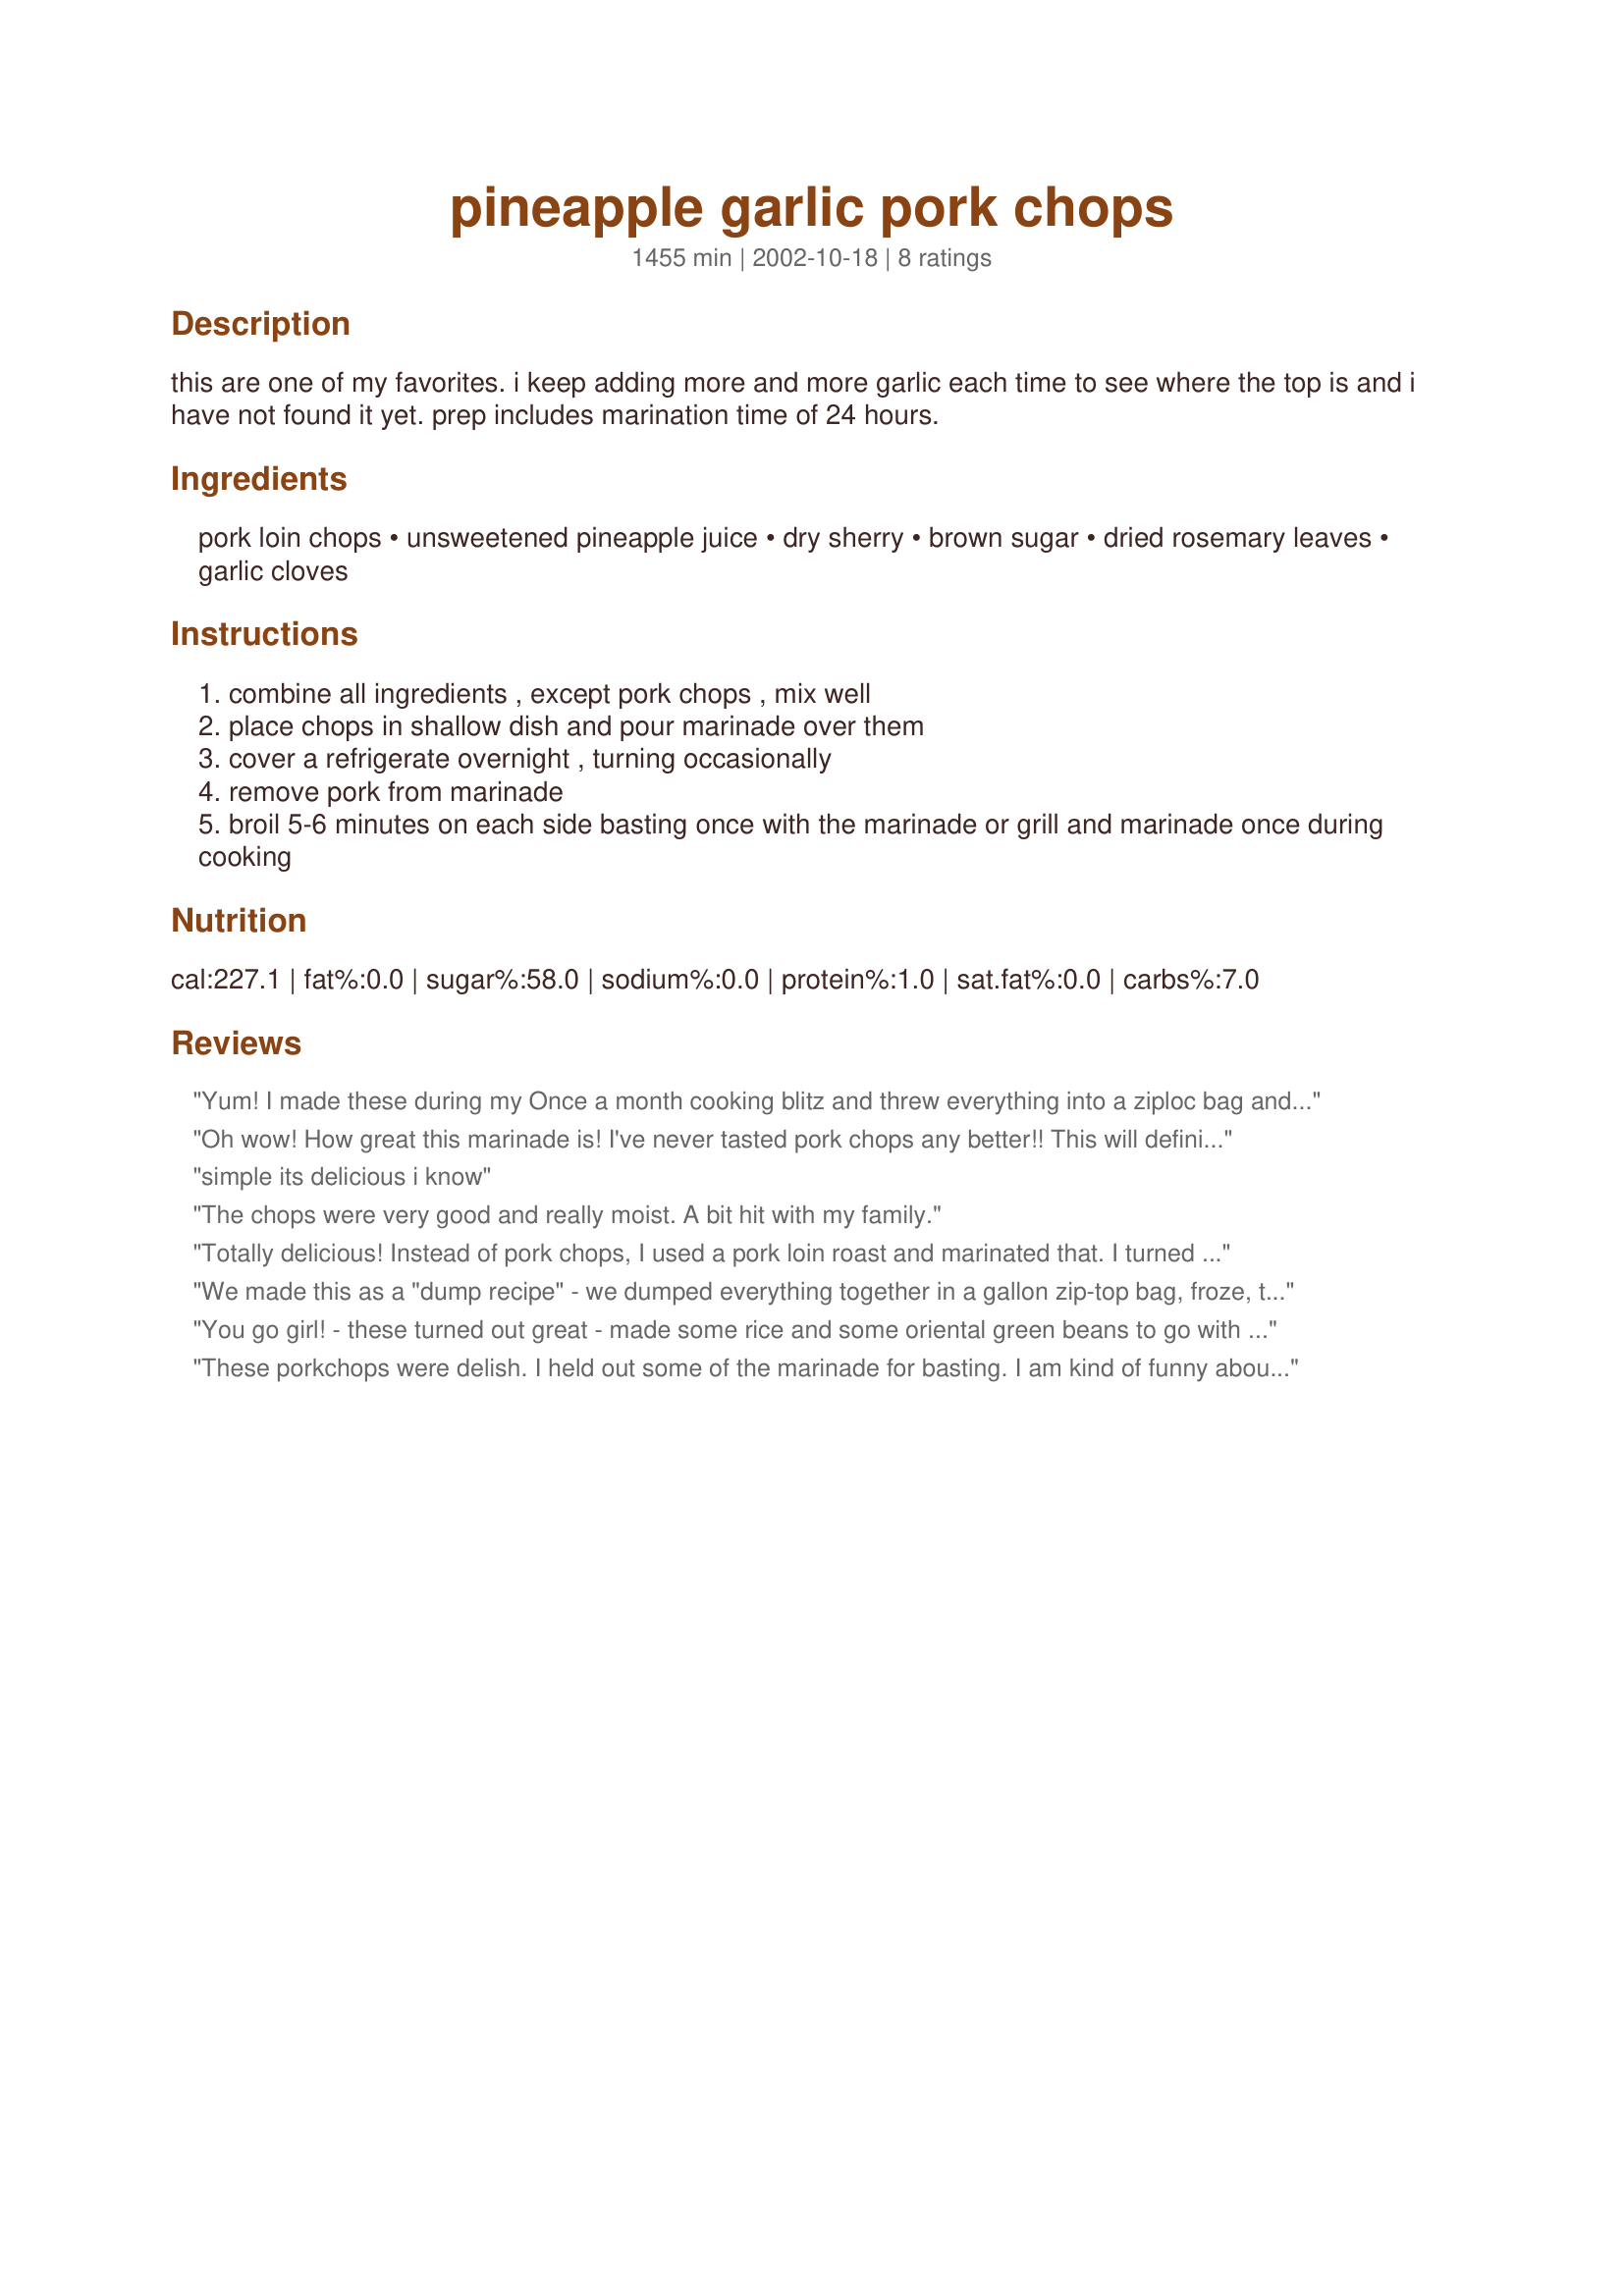
pineapple garlic pork chops
Preparation time: 1455 minutes

this are one of my favorites. i keep adding more and more garlic each time to see where the top is and i have not found it yet. prep includes marination time of 24 hours.

Ingredients:
pork loin chops, unsweetened pineapple juice, dry sherry, brown sugar, dried rosemary leaves, garlic cloves

Steps:
combine all ingredients , except pork chops , mix well
place chops in shallow dish and pour marinade over them
cover a refrigerate overnight , turning occasionally
remove pork from marinade
broil 5-6 minutes on each side basting once with the marinade or grill and marinade once during cooking

Reviews:
Yum! I made these during my Once a month cooking blitz and threw everything into a ziploc bag and then into the freezer. I used 5 cloves of garlic and fresh rosemary. I let the chops marinate while they defrosted int he fridge overnight and my plan was to throw them on the BBQ but I could not get the BBQ started so I did them in the oven instead. these were really tasty and everyone enjoyed them, thanks for sharing :)
Oh wow! How great this marinade is! I've never tasted pork chops any better!! This will definitely be a keeper for me!
simple its delicious i know
The chops were very good and really moist. A bit hit with my family.
Totally delicious! Instead of pork chops, I used a pork loin roast and marinated that. I turned the roast about 3 times to get an even blend of the marinade. The result was very tender, lovely mild flavour, not at all too sweet or garlicy....just right! Thanks so much for this keeper!
We made this as a "dump recipe" - we dumped everything together in a gallon zip-top bag, froze, thawed, then cooked.
The recipe froze very well - the flavor of the marinade permeated the pork chops, which is the whole point of marinating! :) However, all in all, it just wasn't to our taste -- it was too sweet for us, and, while that's not necessarily a bad thing, we just weren't all that excited about it and won't make it again. I'm only giving it 3 stars - not because there's anything wrong with the recipe but because we just didn't like it. The recipe itself, I'm sure, turned out exactly the way it should have; it's simply a matter of personal taste.
You go girl! - these turned out great - made some rice and some oriental green beans to go with - I can even use these during the annual "de-fluffing"! Thanks for posting it.
These porkchops were delish. I held out some of the marinade for basting. I am kind of funny about how I handle marinade and basting. The flavor was awesome. A sweet flavor that went well with the aromatic rosemary. We did ours on the grill. Everyone voted 5-stars. Thanks for sharing this.
